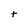
Character: t